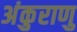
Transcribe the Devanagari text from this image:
अंकुराणु